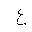
Letter: _ayn